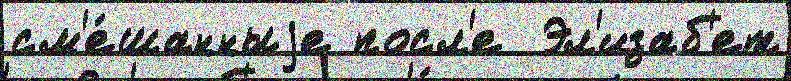
см'е́шанныjе посл'е  Эл'изаб'ет